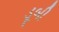
ડૂબી